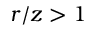
r / z > 1